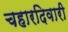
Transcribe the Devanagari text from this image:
चहारदिवारी